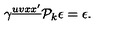
\gamma ^ { \underline { { u v x x ^ { \prime } } } } { \cal P } _ { k } \epsilon = \epsilon .